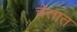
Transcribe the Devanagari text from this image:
चेत्तात